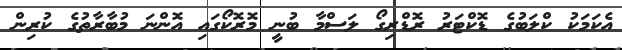
އެކަމަކު ކްލަބުގެ ޑޮކްޓަރު ރޮޑްރިގޯ ލަސްމާ ބުނީ މޮރޮކޯގައި އޮންނަ މުބާރާތުގެ ކުރިން